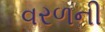
વરળની